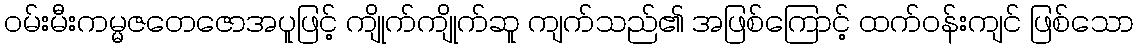
ဝမ်းမီးကမ္မဇတေဇောအပူဖြင့် ကျိုက်ကျိုက်ဆူ ကျက်သည်၏ အဖြစ်ကြောင့် ထက်ဝန်းကျင် ဖြစ်သော